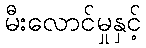
မီးလောင်မှုနှင့်